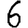
Digit: 6